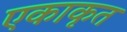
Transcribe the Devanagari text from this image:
एकाकृत